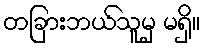
တခြားဘယ်သူမှ မရှိ။